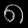
Digit: ၈